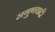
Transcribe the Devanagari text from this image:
सगुणवादी